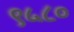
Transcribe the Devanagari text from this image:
९५८०